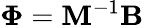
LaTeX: {\mathbf\Phi}={\mathbf M}^{-1}{\mathbf B}